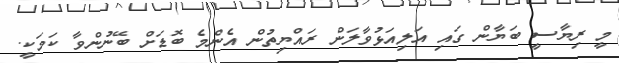
މީ ރިޔާސީ ބަޔާން ގައި އަލިއަޅުވާލަން ރައްޔިތުން އެންމެ ބޮޑަށް ބޭނުންވާ ކަމަކީ.